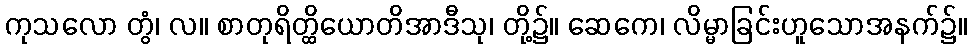
ကုသလော တွံ၊ လ။ စာတုရိတ္ထိယောတိအာဒီသု၊ တို့၌။ ဆေကေ၊ လိမ္မာခြင်းဟူသောအနက်၌။